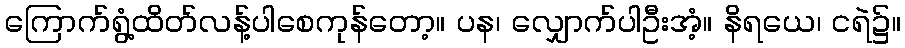
ကြောက်ရွံ့ထိတ်လန့်ပါစေကုန်တော့။ ပန၊ လျှောက်ပါဦးအံ့။ နိရယေ၊ ငရဲ၌။